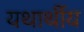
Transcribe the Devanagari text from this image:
यथार्थीय